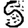
Digit: 5